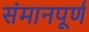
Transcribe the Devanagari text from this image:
संमानपूर्ण